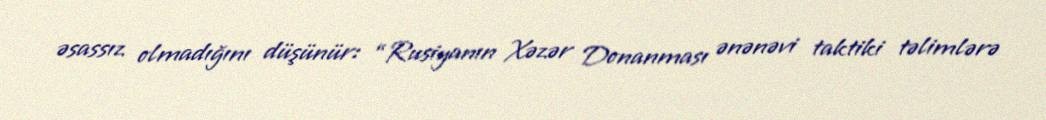
əsassız olmadığını düşünür: “Rusiyanın Xəzər Donanması ənənəvi taktiki təlimlərə